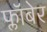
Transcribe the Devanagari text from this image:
फ्लॉबेर